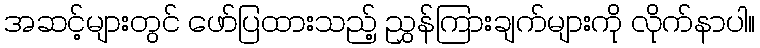
အဆင့်များတွင် ဖော်ပြထားသည့် ညွှန်ကြားချက်များကို လိုက်နာပါ။